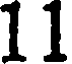
11